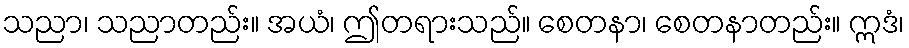
သညာ၊ သညာတည်း။ အယံ၊ ဤတရားသည်။ စေတနာ၊ စေတနာတည်း။ ဣဒံ၊